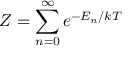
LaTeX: Z = \sum _ { n = 0 } ^ { \infty } e ^ { - E _ { n } / k T }